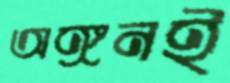
অঙ্গনই